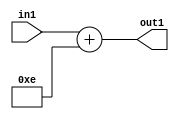
`timescale 1ps / 1ps
/*****************************************************************************
    Verilog RTL Description
    
    
    Created by: Stratus DpOpt 2019.1.01 
*******************************************************************************/

module DC_Filter_Add_12U_125_1 (
	in1,
	out1
	); /* architecture "behavioural" */ 
input [11:0] in1;
output [11:0] out1;
wire [11:0] asc001;

assign asc001 = 
	+(in1)
	+(12'B000000001110);

assign out1 = asc001;
endmodule

/* CADENCE  urnzTgw= : u9/ySgnWtBlWxVPRXgAZ4Og= ** DO NOT EDIT THIS LINE ******/